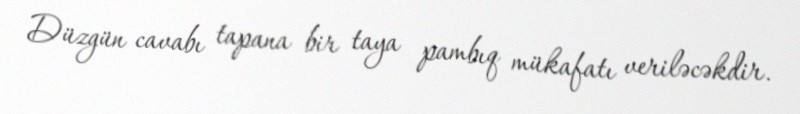
Düzgün cavabı tapana bir taya pambıq mükafatı veriləcəkdir.